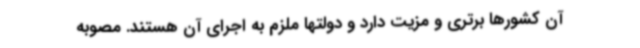
آن کشورها برتری و مزیت دارد و دولتها ملزم به اجرای آن هستند. مصوبه